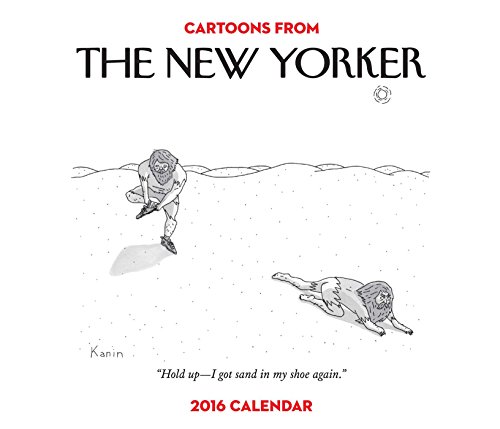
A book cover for Cartoons from The New Yorker 2016 Day-to-Day Calendar; Conde Nast; Calendars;